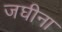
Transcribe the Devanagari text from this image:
जघीना